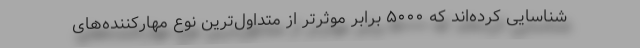
شناسایی کرده‌اند که ۵۰۰۰ برابر موثرتر از متداول‌ترین نوع مهارکننده‌های